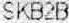
SKB2B